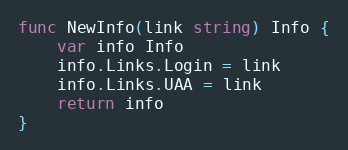
Language: Go
func NewInfo(link string) Info {
	var info Info
	info.Links.Login = link
	info.Links.UAA = link
	return info
}